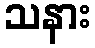
သနား